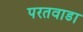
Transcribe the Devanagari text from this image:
परतवाडा